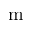
\mathrm { m }